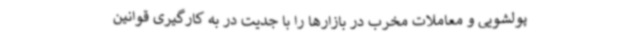
پولشویی و معاملات مخرب در بازارها را با جدیت در به کارگیری قوانین